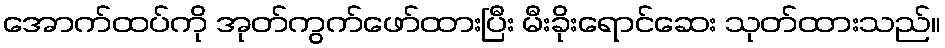
အောက်ထပ်ကို အုတ်ကွက်ဖော်ထားပြီး မီးခိုးရောင်ဆေး သုတ်ထားသည်။